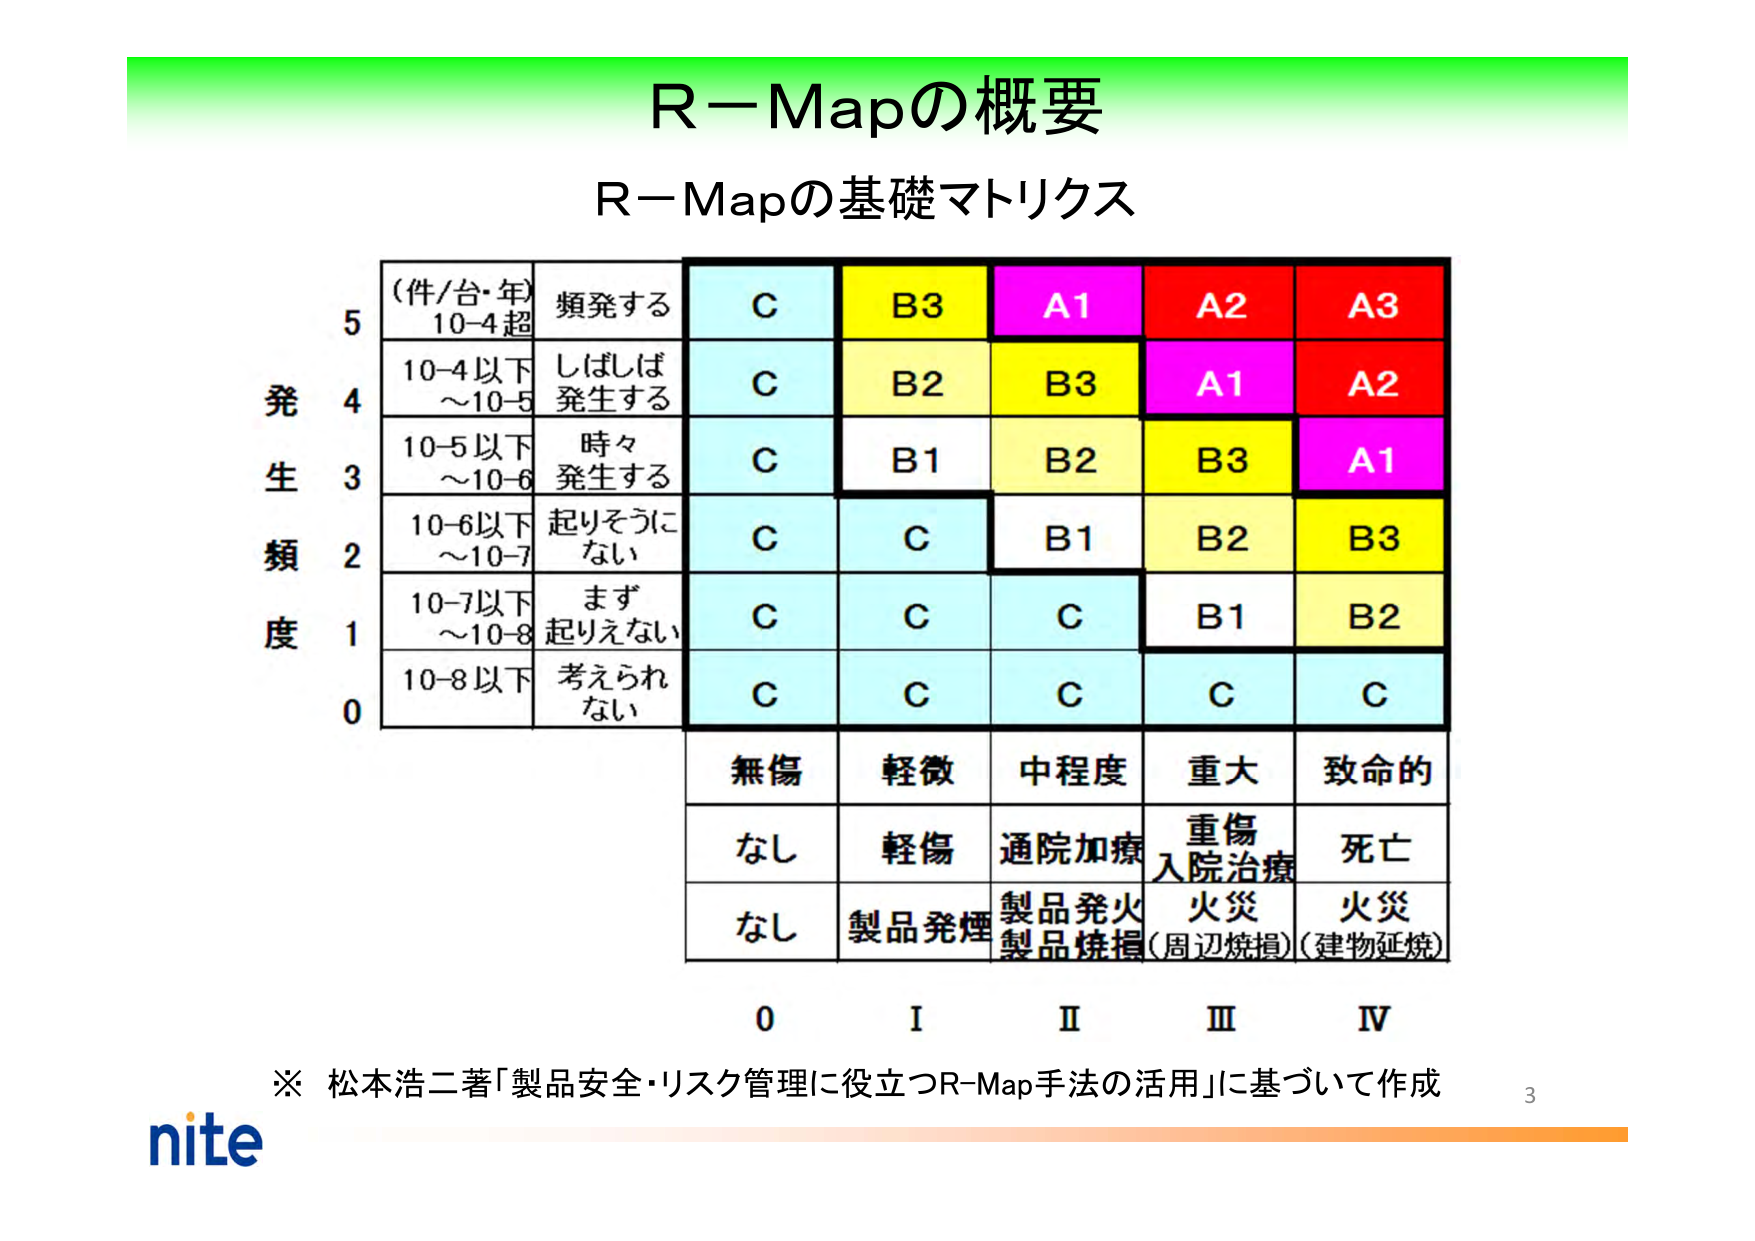
R－Mapの概要
R－Mapの基礎マトリクス

（件/台・年）
10-4 超
頻発する
C
B3
A1
A2
A3

10-4 以下
～10-5
しばしば
発生する
C
B2
B3
A1
A2

10-5 以下
～10-6
時々
発生する
C
B1
B2
B3
A1

10-6 以下
～10-7
起りそうに
ない
C
C
B1
B2
B3

10-7 以下
～10-8
まず
起りえない
C
C
C
B1
B2

10-8 以下
考えられ
ない
C
C
C
C
C

発生頻度
5
4
3
2
1
0

無傷
軽微
中程度
重大
致命的

なし
軽傷
通院加療
重傷
入院治療
死亡

なし
製品発煙
製品発火
製品焼損
火災
（周辺焼損）
火災
（建物延焼）

0
I
II
III
IV

※ 松本浩二著「製品安全・リスク管理に役立つR-Map手法の活用」に基づいて作成

nite
3